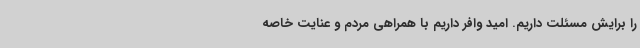
را برایش مسئلت داریم. امید وافر داریم با همراهی مردم و عنایت خاصه